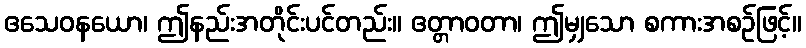
ဧသေဝနယော၊ ဤနည်းအတိုင်းပင်တည်း။ ဧတ္တာဝတာ၊ ဤမျှသော စကားအစဉ်ဖြင့်။